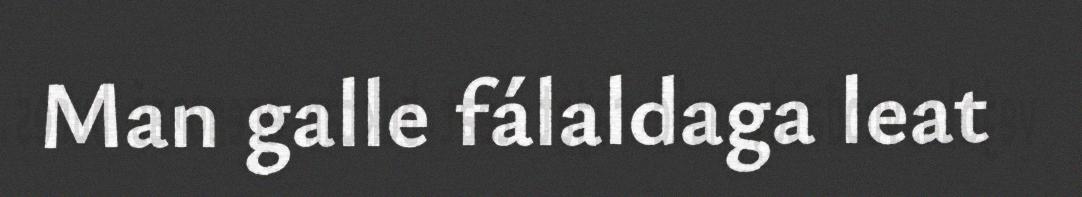
Man galle fálaldaga leat